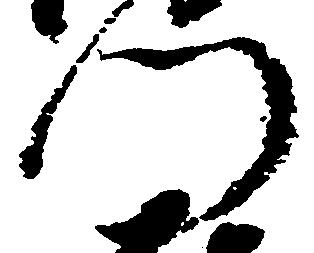
門